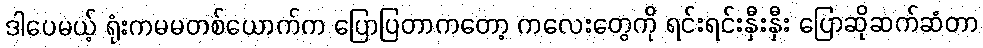
ဒါပေမယ့် ရုံးကမမတစ်ယောက်က ပြောပြတာကတော့ ကလေးတွေကို ရင်းရင်းနှီးနှီး ပြောဆိုဆက်ဆံတာ